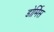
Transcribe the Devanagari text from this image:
डोर्मिस